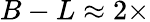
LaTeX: B-L\approx 2\times